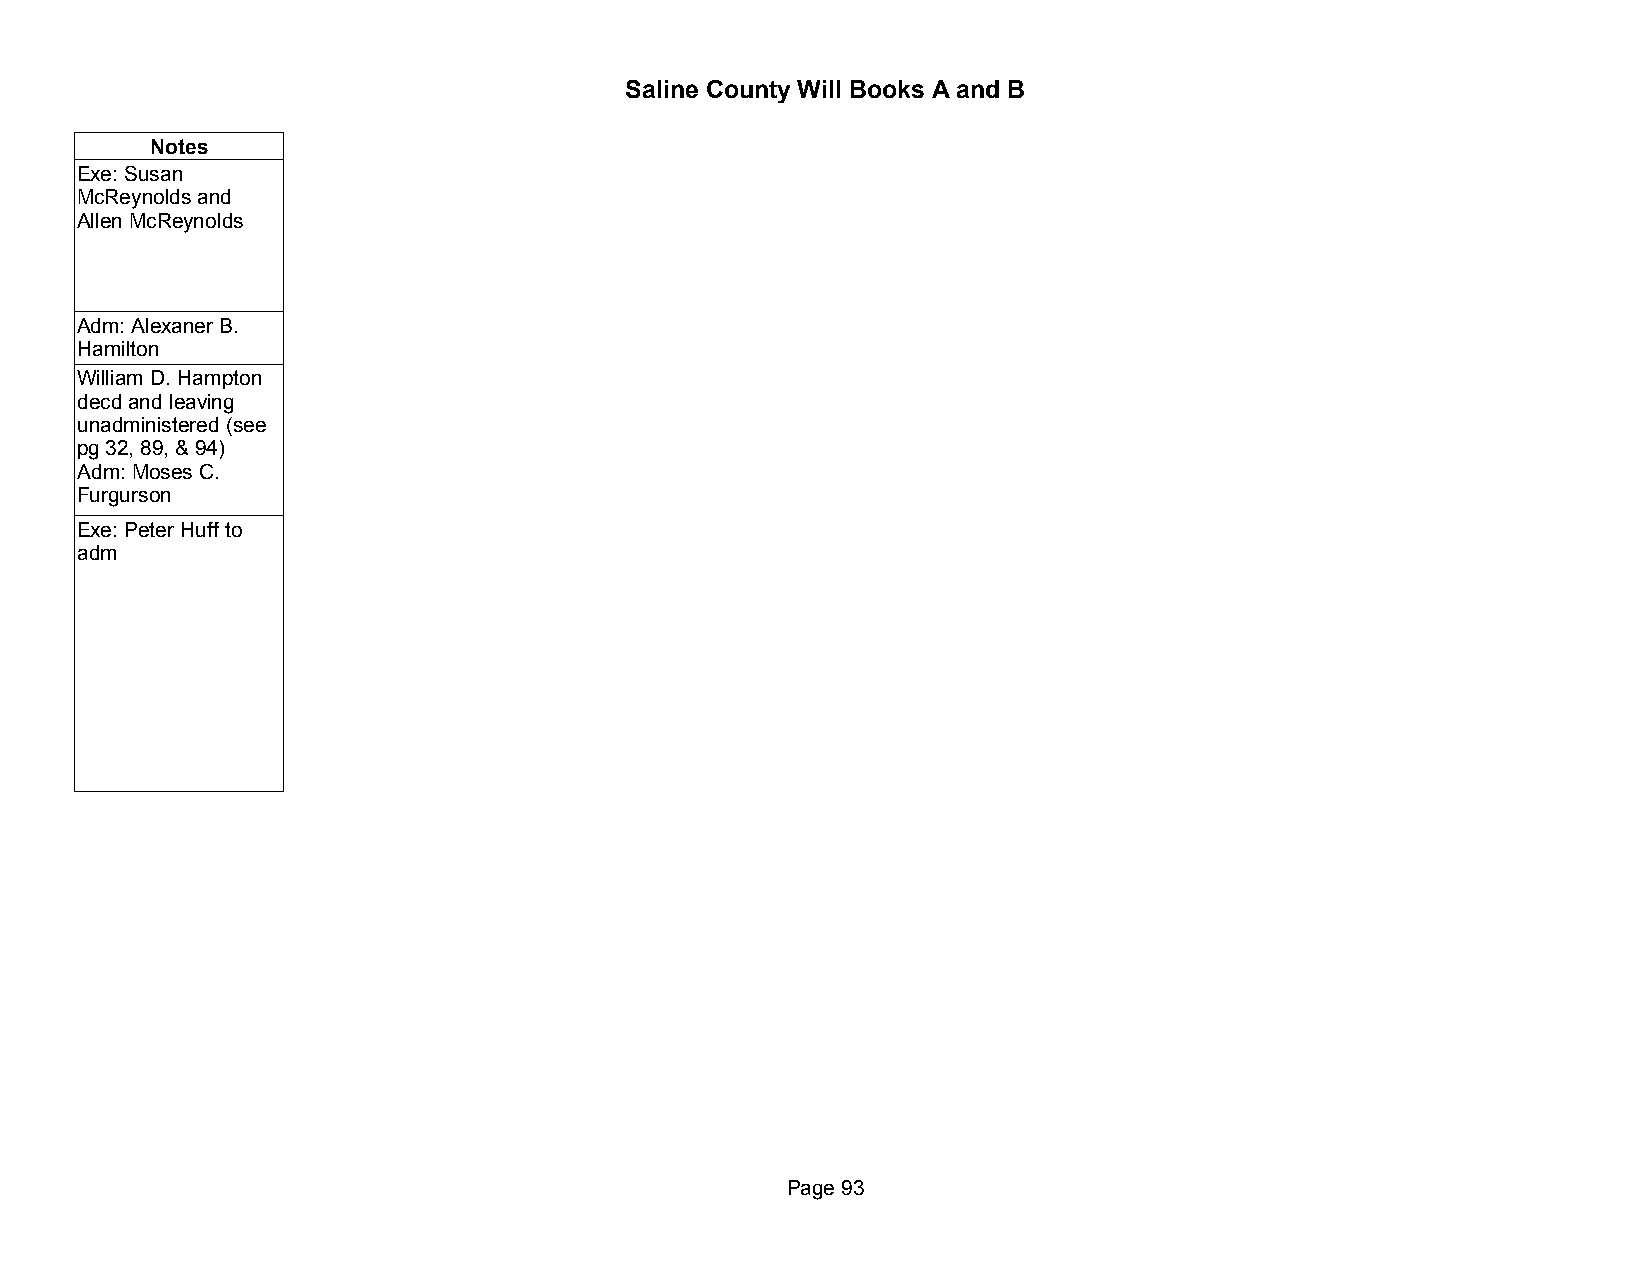
Saline County Will Books A and B
 Notes
 Exe: Susan
 McReynolds and
 Allen McReynolds
 Adm: Alexaner B.
 Hamilton
 William D. Hampton
 decd and leaving
 unadministered (see
 pg 32, 89, & 94)
 Adm: Moses C.
 Furgurson
 Exe: Peter Huff to
 adm
 Page 93